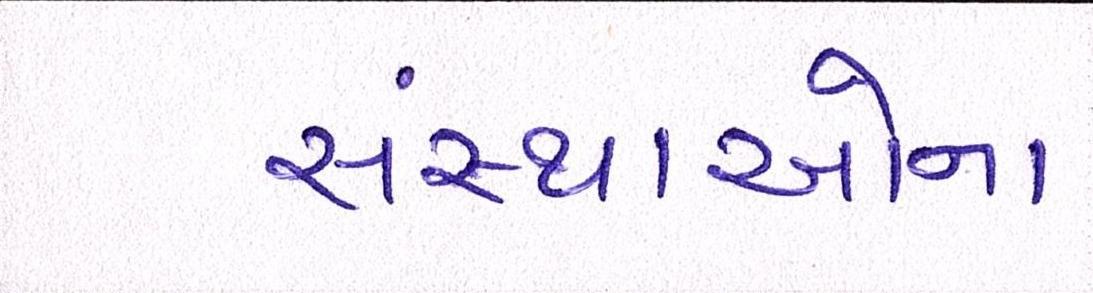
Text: સંસ્થાઓના